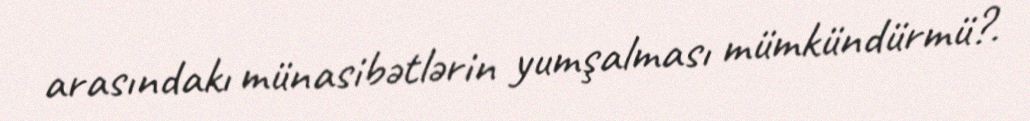
arasındakı münasibətlərin yumşalması mümkündürmü?.